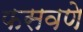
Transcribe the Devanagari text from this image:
फसवणे